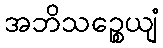
အဘိသဉ္စေယျံ